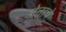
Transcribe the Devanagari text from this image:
ऐनाचे